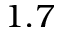
1 . 7